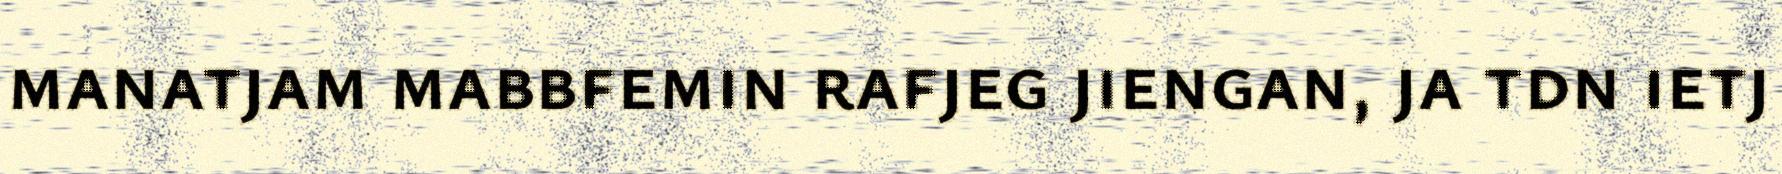
manatjam mabbfemin rafjeg jiengan, ja tdn ietj